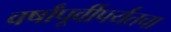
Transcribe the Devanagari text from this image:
वर्षांपूर्वीपर्यंतचा